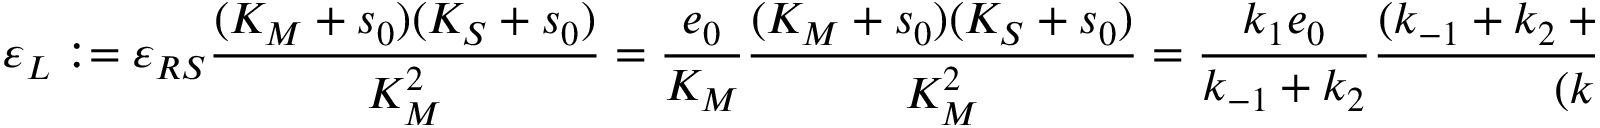
\varepsilon _ { L } : = \varepsilon _ { R S } \frac { ( K _ { M } + s _ { 0 } ) ( K _ { S } + s _ { 0 } ) } { K _ { M } ^ { 2 } } = \frac { e _ { 0 } } { K _ { M } } \frac { ( K _ { M } + s _ { 0 } ) ( K _ { S } + s _ { 0 } ) } { K _ { M } ^ { 2 } } = \frac { k _ { 1 } e _ { 0 } } { k _ { - 1 } + k _ { 2 } } \frac { ( k _ { - 1 } + k _ { 2 } + k _ { 1 } s _ { 0 } ) ( k _ { - 1 } + k _ { 1 } s _ { 0 } ) } { ( k _ { - 1 } + k _ { 2 } ) ^ { 2 } }